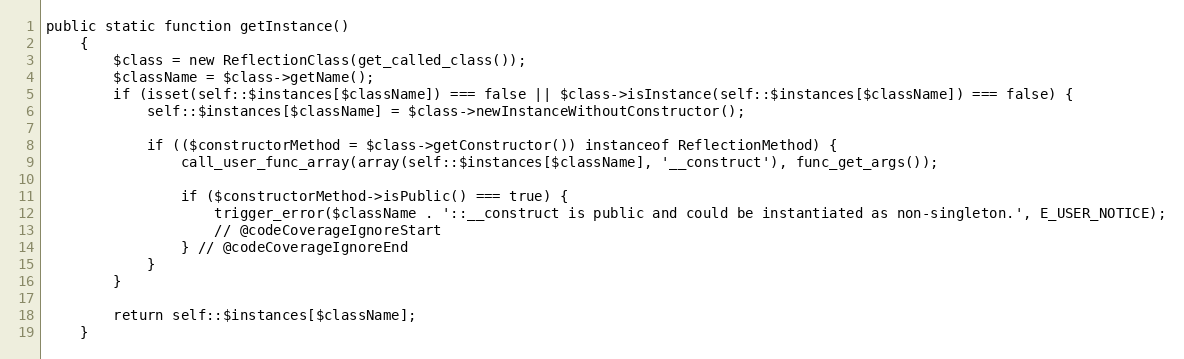
Language: PHP
public static function getInstance()
    {
        $class = new ReflectionClass(get_called_class());
        $className = $class->getName();
        if (isset(self::$instances[$className]) === false || $class->isInstance(self::$instances[$className]) === false) {
            self::$instances[$className] = $class->newInstanceWithoutConstructor();

            if (($constructorMethod = $class->getConstructor()) instanceof ReflectionMethod) {
                call_user_func_array(array(self::$instances[$className], '__construct'), func_get_args());

                if ($constructorMethod->isPublic() === true) {
                    trigger_error($className . '::__construct is public and could be instantiated as non-singleton.', E_USER_NOTICE);
                    // @codeCoverageIgnoreStart
                } // @codeCoverageIgnoreEnd
            }
        }

        return self::$instances[$className];
    }